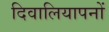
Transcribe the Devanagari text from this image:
दिवालियापनों